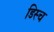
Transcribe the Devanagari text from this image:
डिस्च